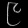
Digit: ၉